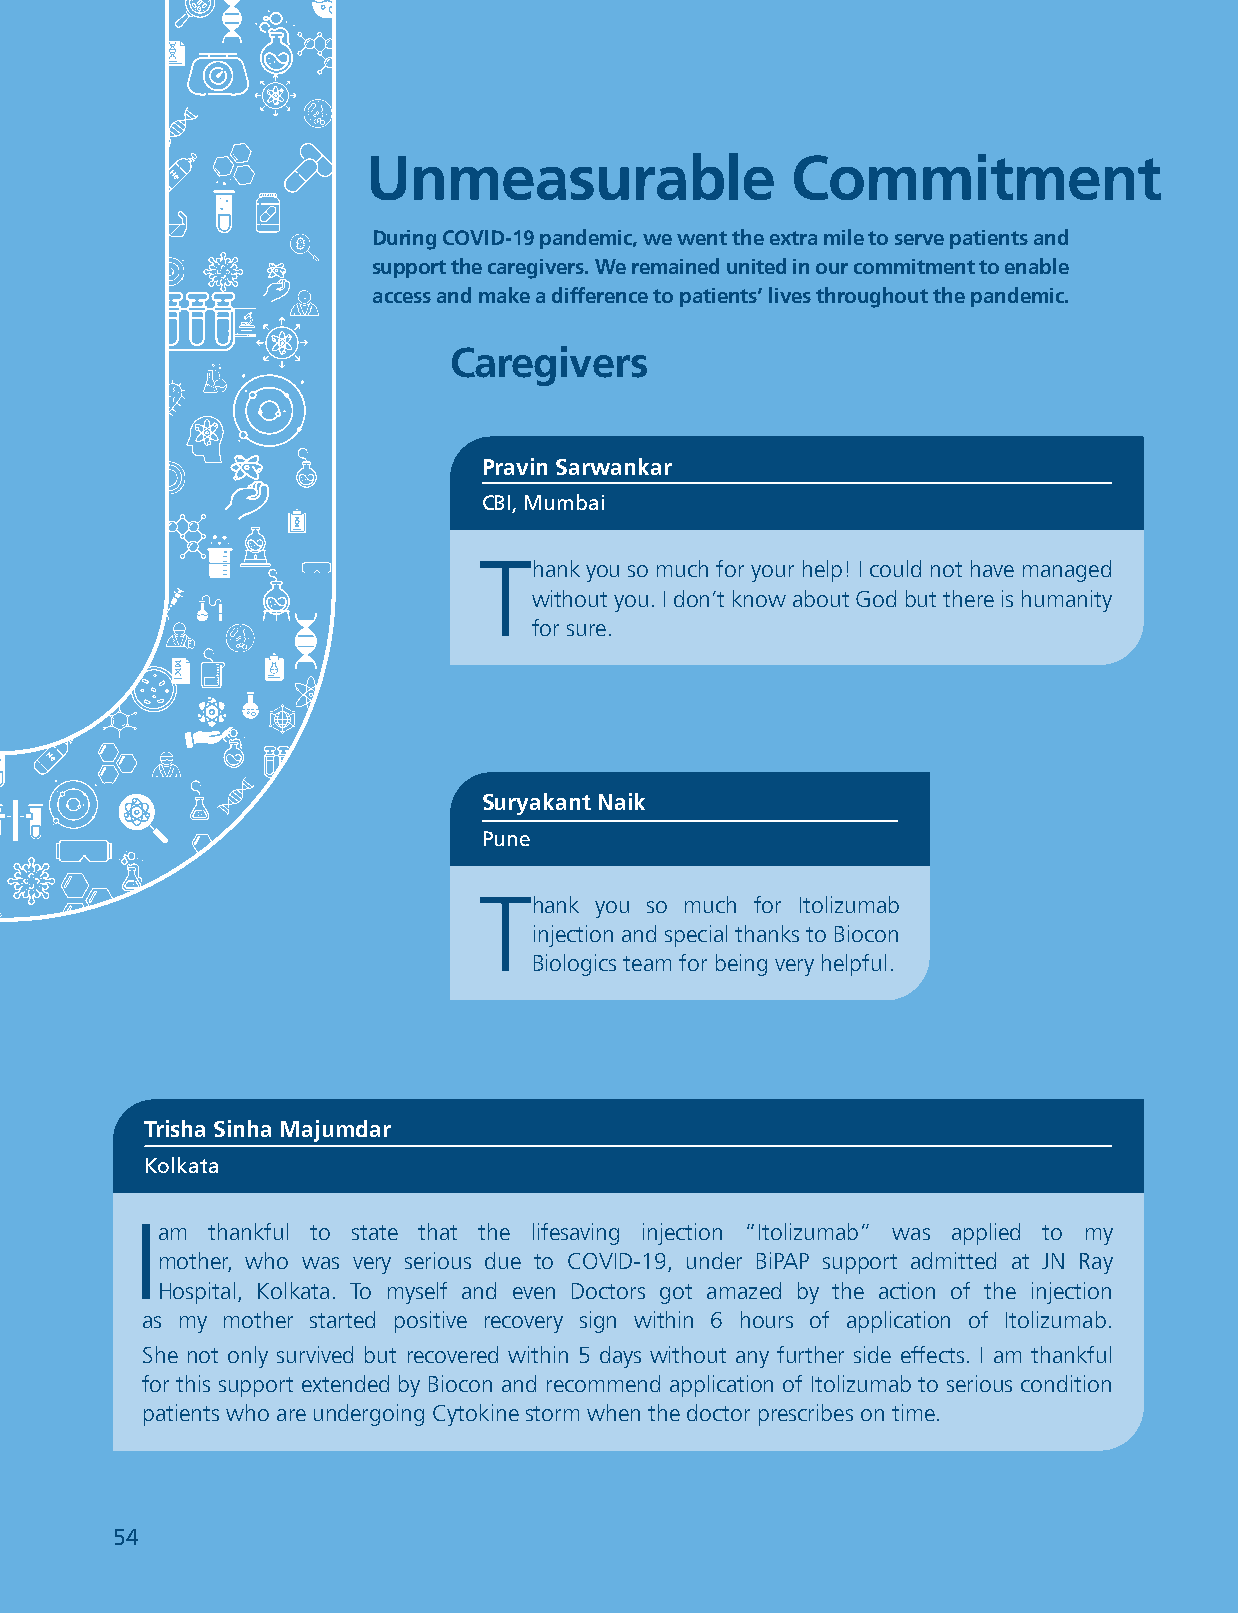
Biocon LBiimocitoend Limited
 Unmeasurable                Commitment
 During COVID-19 pandemic, we went the extra mile to serve patients and
 support the caregivers. We remained united in our commitment to enable
 access and make a difference to patients’ lives throughout the pandemic.
 Caregivers
 Pravin Sarwankar
 CBI, Mumbai
 T
 hank you so much for your help! I could not have managed
 without you. I don’t know about God but there is humanity
 for sure.
 Suryakant Naik
 Pune
 T
 hank you so much for Itolizumab
 injection and special thanks to Biocon
 Biologics team for being very helpful.
 Trisha Sinha Majumdar
 Kolkata
 I
 am  thankful to state that the lifesaving injection “Itolizumab” was applied to my
 mother, who was very serious due to COVID-19, under BiPAP support admitted at JN Ray
 Hospital, Kolkata. To myself and even Doctors got amazed by the action of the injection
 as my mother started positive recovery sign within 6 hours of application of Itolizumab.
 She not only survived but recovered within 5 days without any further side effects. I am thankful
 for this support extended by Biocon and recommend application of Itolizumab to serious condition
 patients who are undergoing Cytokine storm when the doctor prescribes on time.
 5544 UNWAVERING PURPOSE                                  ANNUAL REPORT 2021